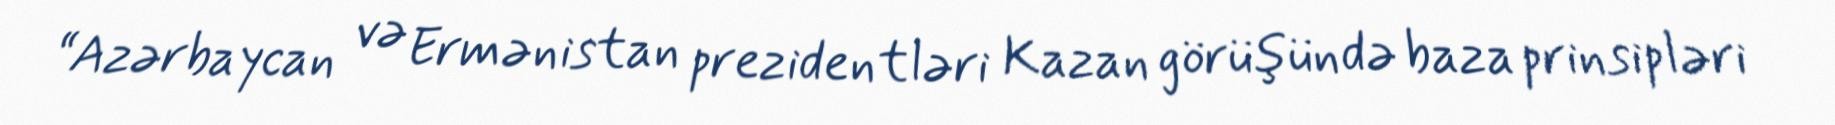
“Azərbaycan və Ermənistan prezidentləri Kazan görüşündə baza prinsipləri